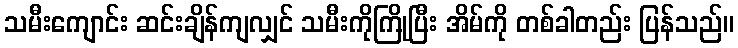
သမီးကျောင်း ဆင်းချိန်ကျလျှင် သမီးကိုကြိုပြီး အိမ်ကို တစ်ခါတည်း ပြန်သည်။